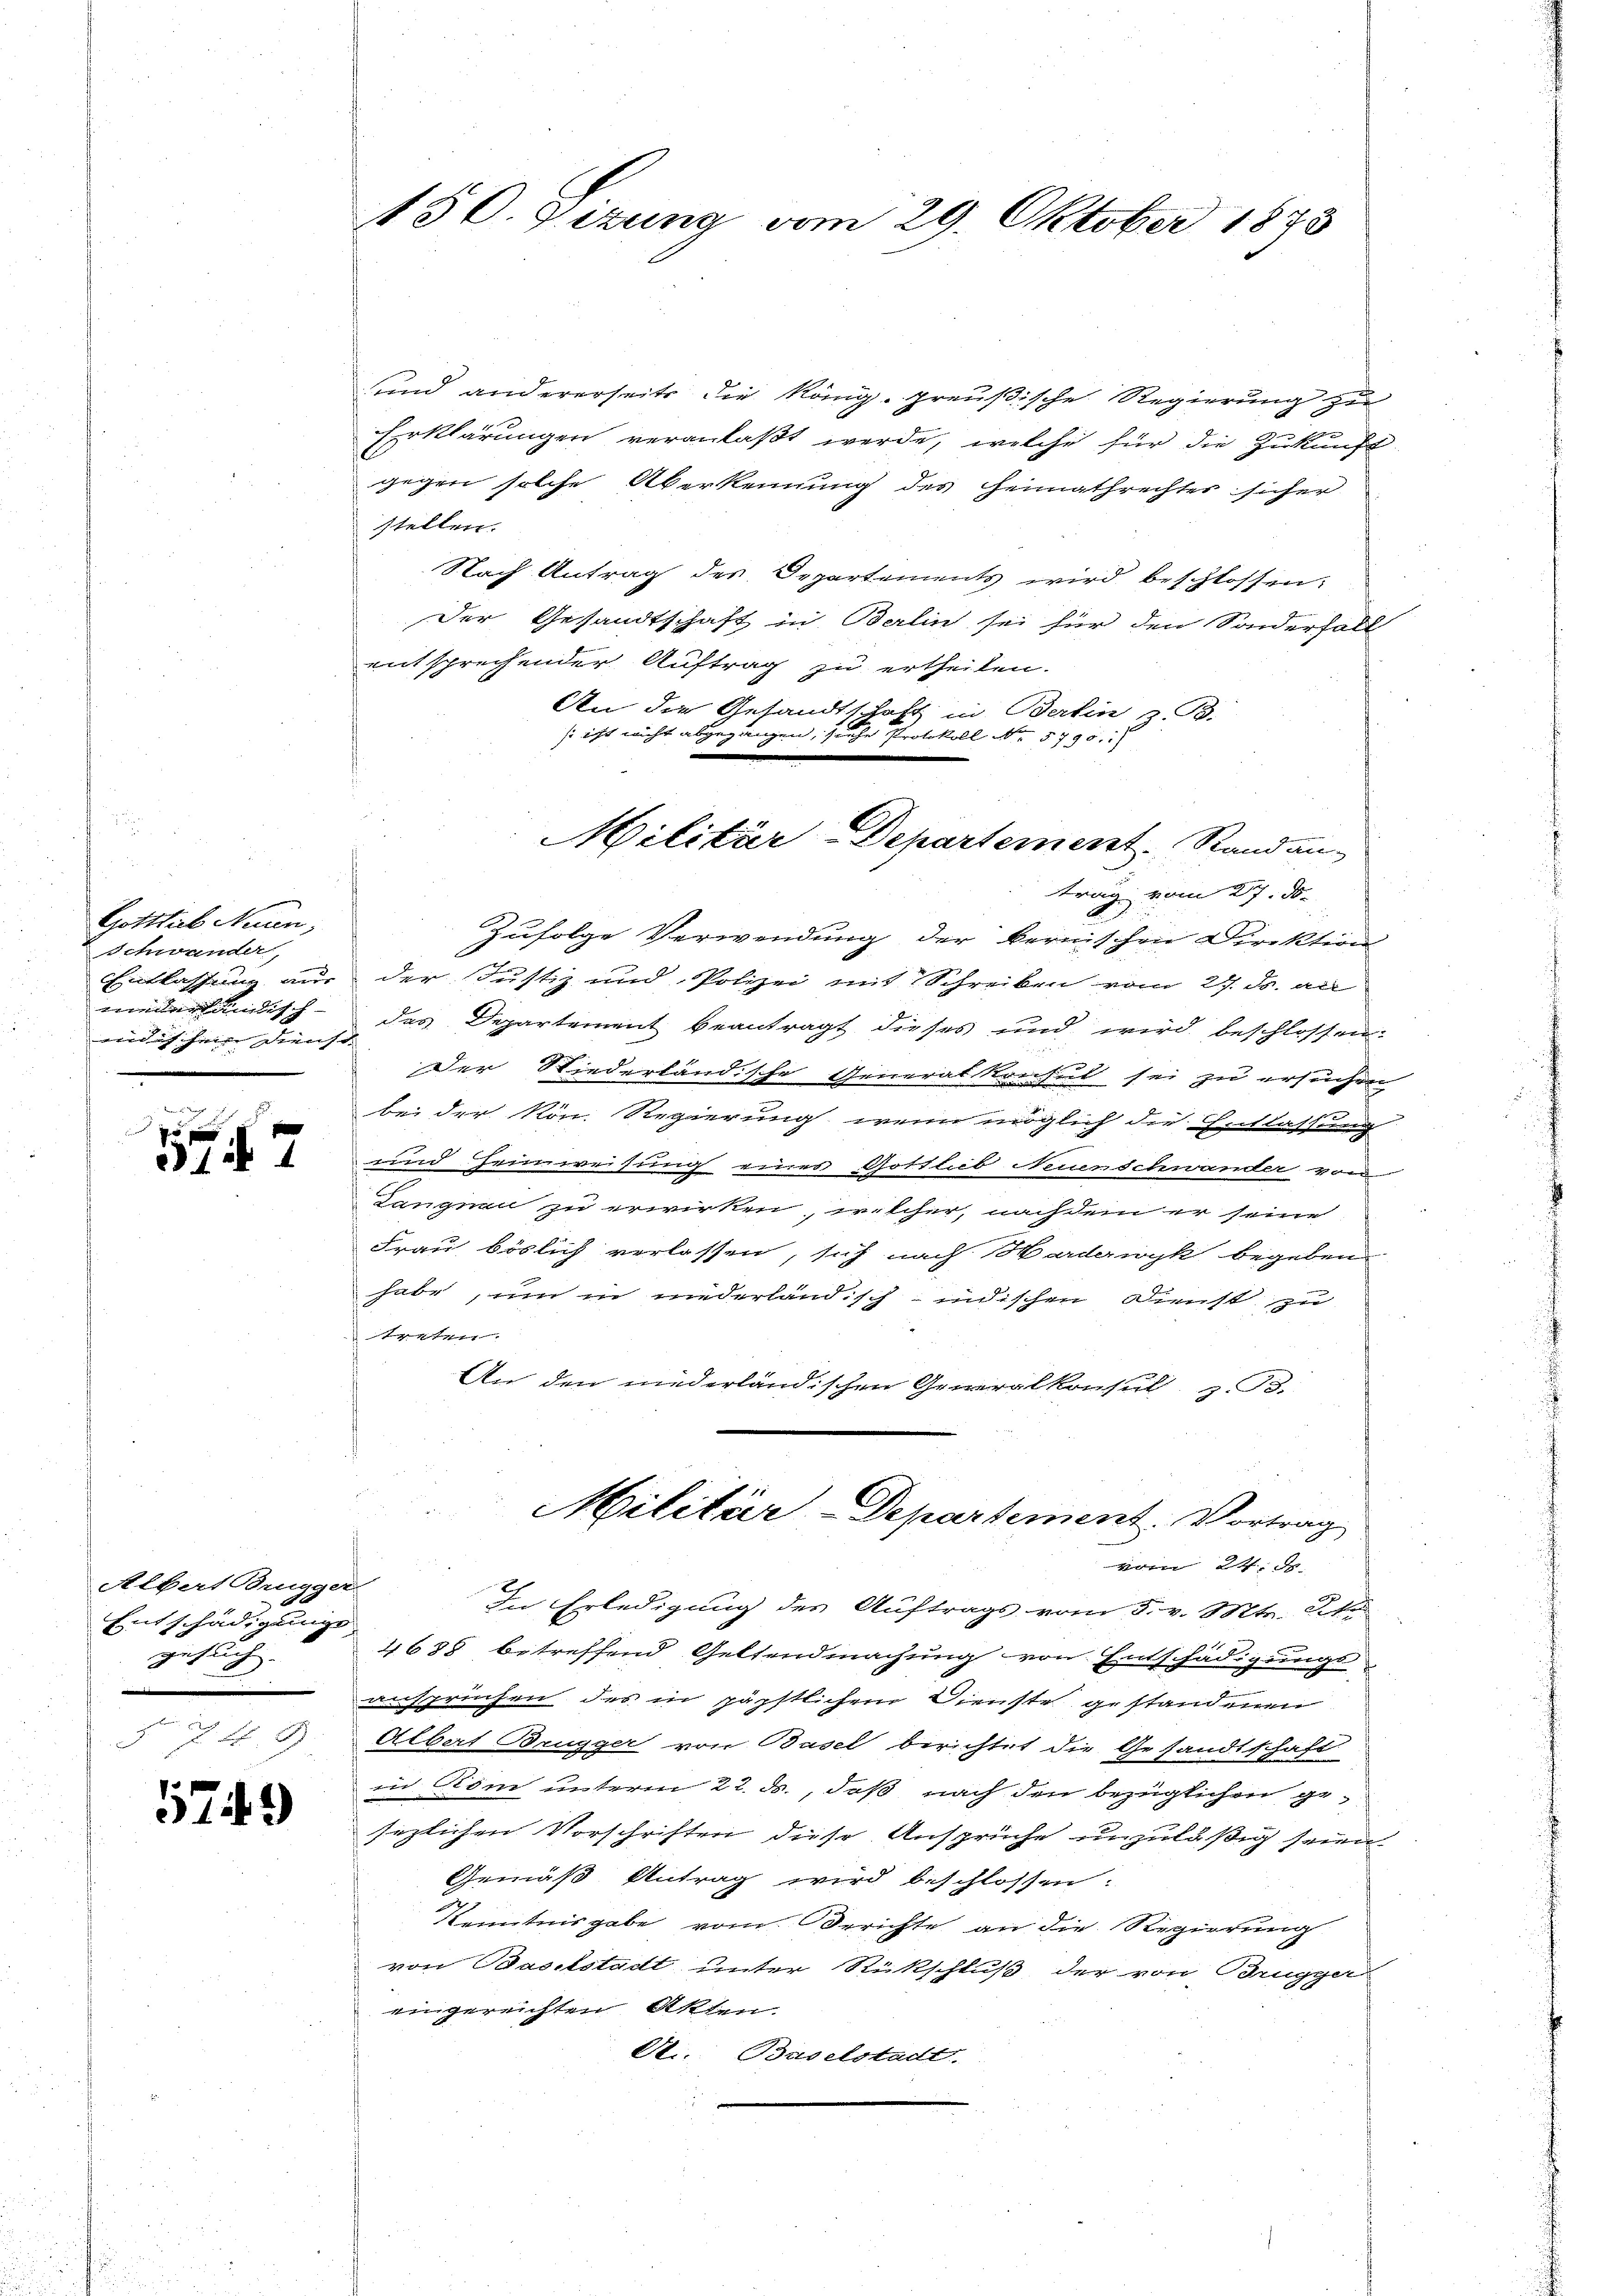
Gottlieb Auren,
Schwander,
eridischen Dienst

Albat Brugger
Entschädigung
gesuch. |

574.

sund andererseits die König. preußische Regierung zu
Erklärungen veranlaßt werde, welche für die Zukunft
gegen solche Überkennung des Heimathrechtes sicher
stellen.
Nach Antrag des Departements wird beschlossen:
Der Gesandtschaft in Berlin sei für den Sonderfall
entsprechender Auftrag zu ertheilen.
An die Gesandtschaft in Berlin z. B.
so ist nicht abgegangen, siehe Protokoll N. 5790.
trag vom 27. ds.
Zufolge Verwendung der Bernischen Direktion
Entlassung aus der Justiz und Polizei mit Schreiben vom 27. ds. an
miederländisch - des Departement beantragt dieses und wird beschlossen:
Der Niederländische Generalkrechet sei zu ersuchen
bei der kön. Regierung, wenn möglich die Entlassung
und Heimweisung eines Gottlieb Neuenschwander von
Langnau zu erwirken, welcher, nachdem er seine
Frau böslich verlassen, sich nach Harderwyk begeben
habe, um in niederländisch-indischen Dienst zu
en
An den niederländischen Geralkonsul z. B.
Militär-Departement. Vortrag
vom 24. ds
In Erledigung des Auftrags vom 5. v. Mts. Sto
4688 betreffend Geltendmachung von Entschädigungs
ansprüchen des in päpstlichem Dienste gestandenen
J. 17 B. Albert Brugger von Basel berichtet die Gesandtschaft
in Rom unterm 22. ds., daß nach den bezüglichen gesezlichen Vorschriften diese Ansprüche unzuläßig seien
Gemäß Antrag wird beschlossen:
Kenntnisgabe vom Berichte an die Regierung
von Baselstadt unter Rückschluß der von Brugger
eingereichten Akten.
A.. Baselstadt.

150. Sizung vom 29. Oktober 1873

Militär-Departement Randau-